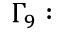
\Gamma _ { 9 } :